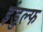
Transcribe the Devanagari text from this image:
इंडुल्फ